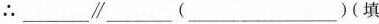
∴___\parallel ___(___)(填